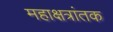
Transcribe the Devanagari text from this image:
महाक्षत्रांतक